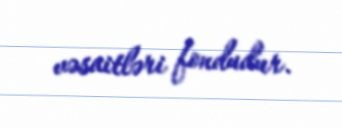
vəsaitləri fondudur.